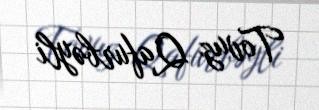
Tovuz Qafurbəyli